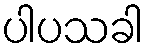
ပါပသခါ